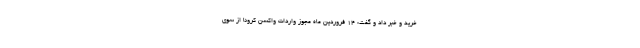
خرید و خبر داد و گفت: ۱۴ فروردین ماه مجوز واردات واکسن کرونا از سوی